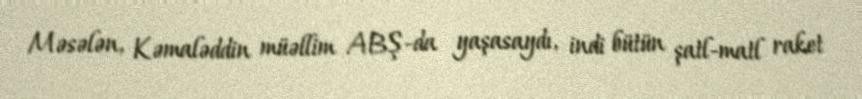
Məsələn, Kəmaləddin müəllim ABŞ-da yaşasaydı, indi bütün şatl-matl raket